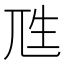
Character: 𰍭